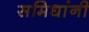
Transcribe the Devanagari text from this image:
समिधांनी